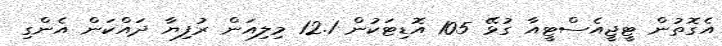
އެގޮތުން ޓީޖީއެސްޓީއާ ގުޅޭ 105 އޮޑިޓަކުން 12.1 މިލިއަން ރުފިޔާ ދައްކަން އެންގި